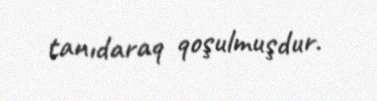
tanıdaraq qoşulmuşdur.